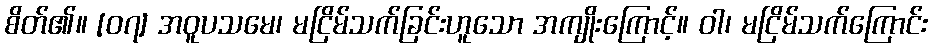
စိတ်၏။ [၀၇] အဝူပသမေ၊ မငြိမ်သက်ခြင်းဟူသော အကျိုးကြောင့်။ ဝါ၊ မငြိမ်သက်ကြောင်း